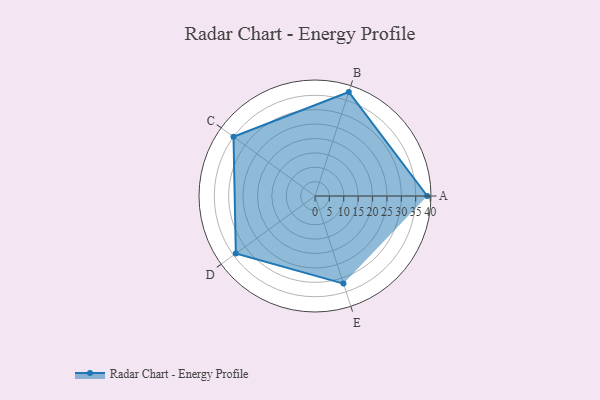
{"axis": {"x": "Skill", "y": "Score"}, "legend": ["Profile"], "data": [{"x": "A", "y": 39.0, "type": "Profile"}, {"x": "B", "y": 38.0, "type": "Profile"}, {"x": "C", "y": 35.0, "type": "Profile"}, {"x": "D", "y": 34.0, "type": "Profile"}, {"x": "E", "y": 32.0, "type": "Profile"}]}